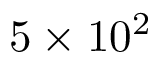
5 \times 1 0 ^ { 2 }